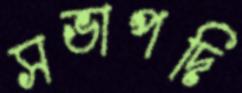
সভাপদি